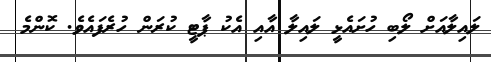
ލައިލާއަށް ލޯބި ހުށައެޅީ ލައިލާ އާއި އެކު ޕާޓީ ކުރަން ހުރެފައެވެ. ކޮންމެ